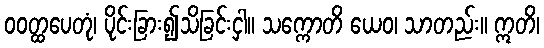
ဝဝတ္ထပေတုံ၊ ပိုင်းခြား၍သိခြင်းငှါ။ သက္ကောတိ ယေဝ၊ သာတည်း။ ဣတိ၊